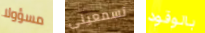
مسؤولا تسمعينى بالوقود